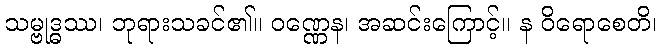
သမ္ဗုဒ္ဓဿ၊ ဘုရားသခင်၏။ ဝဏ္ဏေန၊ အဆင်းကြောင့်။ န ဝိရောစေတိ၊